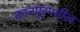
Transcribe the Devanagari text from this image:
कानपूरमधील